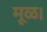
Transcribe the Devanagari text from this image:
मूळ।